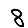
Digit: 8